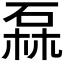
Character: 𱴌